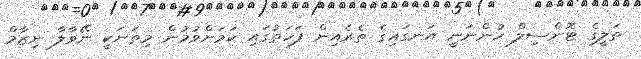
ތަލީގެ ޓޮންސިލް ހުންނަނީ އަނގައިގެ ތެރެއިން ފަހަތުގައި ކަމަށްވުމުން މިތަނަކީ ނޭވާލާ ނިޒާމް